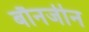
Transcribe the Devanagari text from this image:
बौनजीन